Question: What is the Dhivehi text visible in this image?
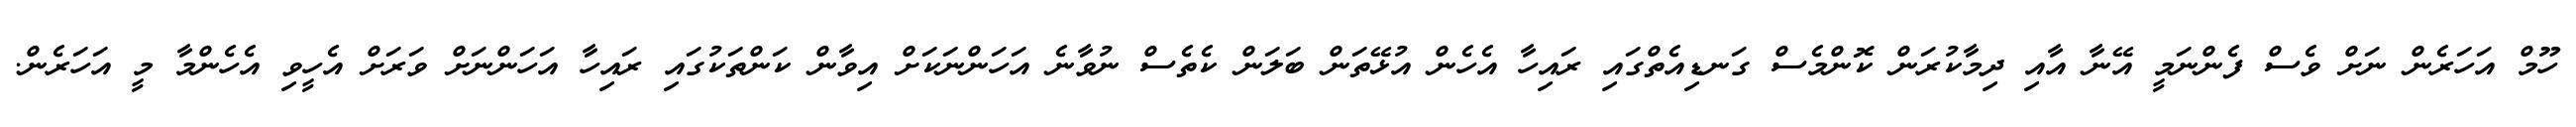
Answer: ހޫމް އަހަރެން ނަށް ވެސް ފެންނަމީ އޭނާ އާއި ދިމާކުރަން ކޮންމެސް ގަނޑިއެތްގައި ރައިހާ އެހެން އުޅޭތަން ބަލަން ކެތެސް ނުވާނެ އަހަންނަކަށް އިވާން ކަންތަކުގައި ރައިހާ އަހަންނަށް ވަރަށް އެހީވި އެހެންމާ މީ އަހަރެން.